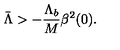
\bar { \Lambda } > - \frac { \Lambda _ { b } } { M } \beta ^ { 2 } ( 0 ) .